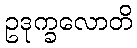
ဥဒုက္ခလောတိ